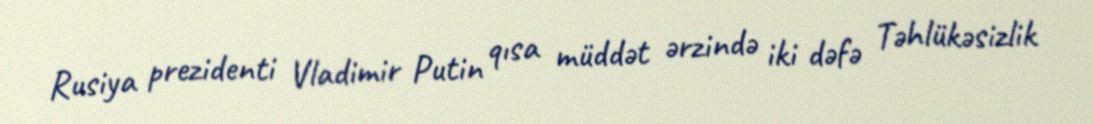
Rusiya prezidenti Vladimir Putin qısa müddət ərzində iki dəfə Təhlükəsizlik